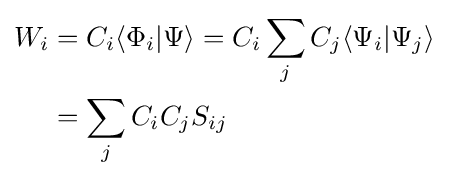
{\begin{aligned}W_{i}&=C_{i}\langle \Phi _{i}\vert \Psi \rangle =C_{i}\sum \limits _{j}C_{j}\langle \Psi _{i}\vert \Psi _{j}\rangle \\&=\sum \limits _{j}C_{i}C_{j}S_{ij}\end{aligned}}